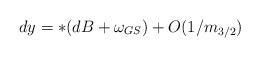
LaTeX: \begin{align*} dy = *(dB + \omega_{GS}) + O(1/m_{3/2})\end{align*}